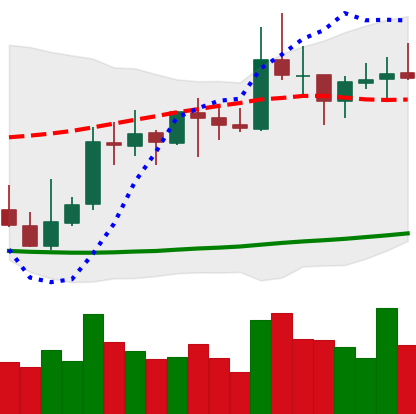
Ticker: XRP-USD
Chart end date: 2021-10-16
Forward return: -4.033%
Label: down_3_5